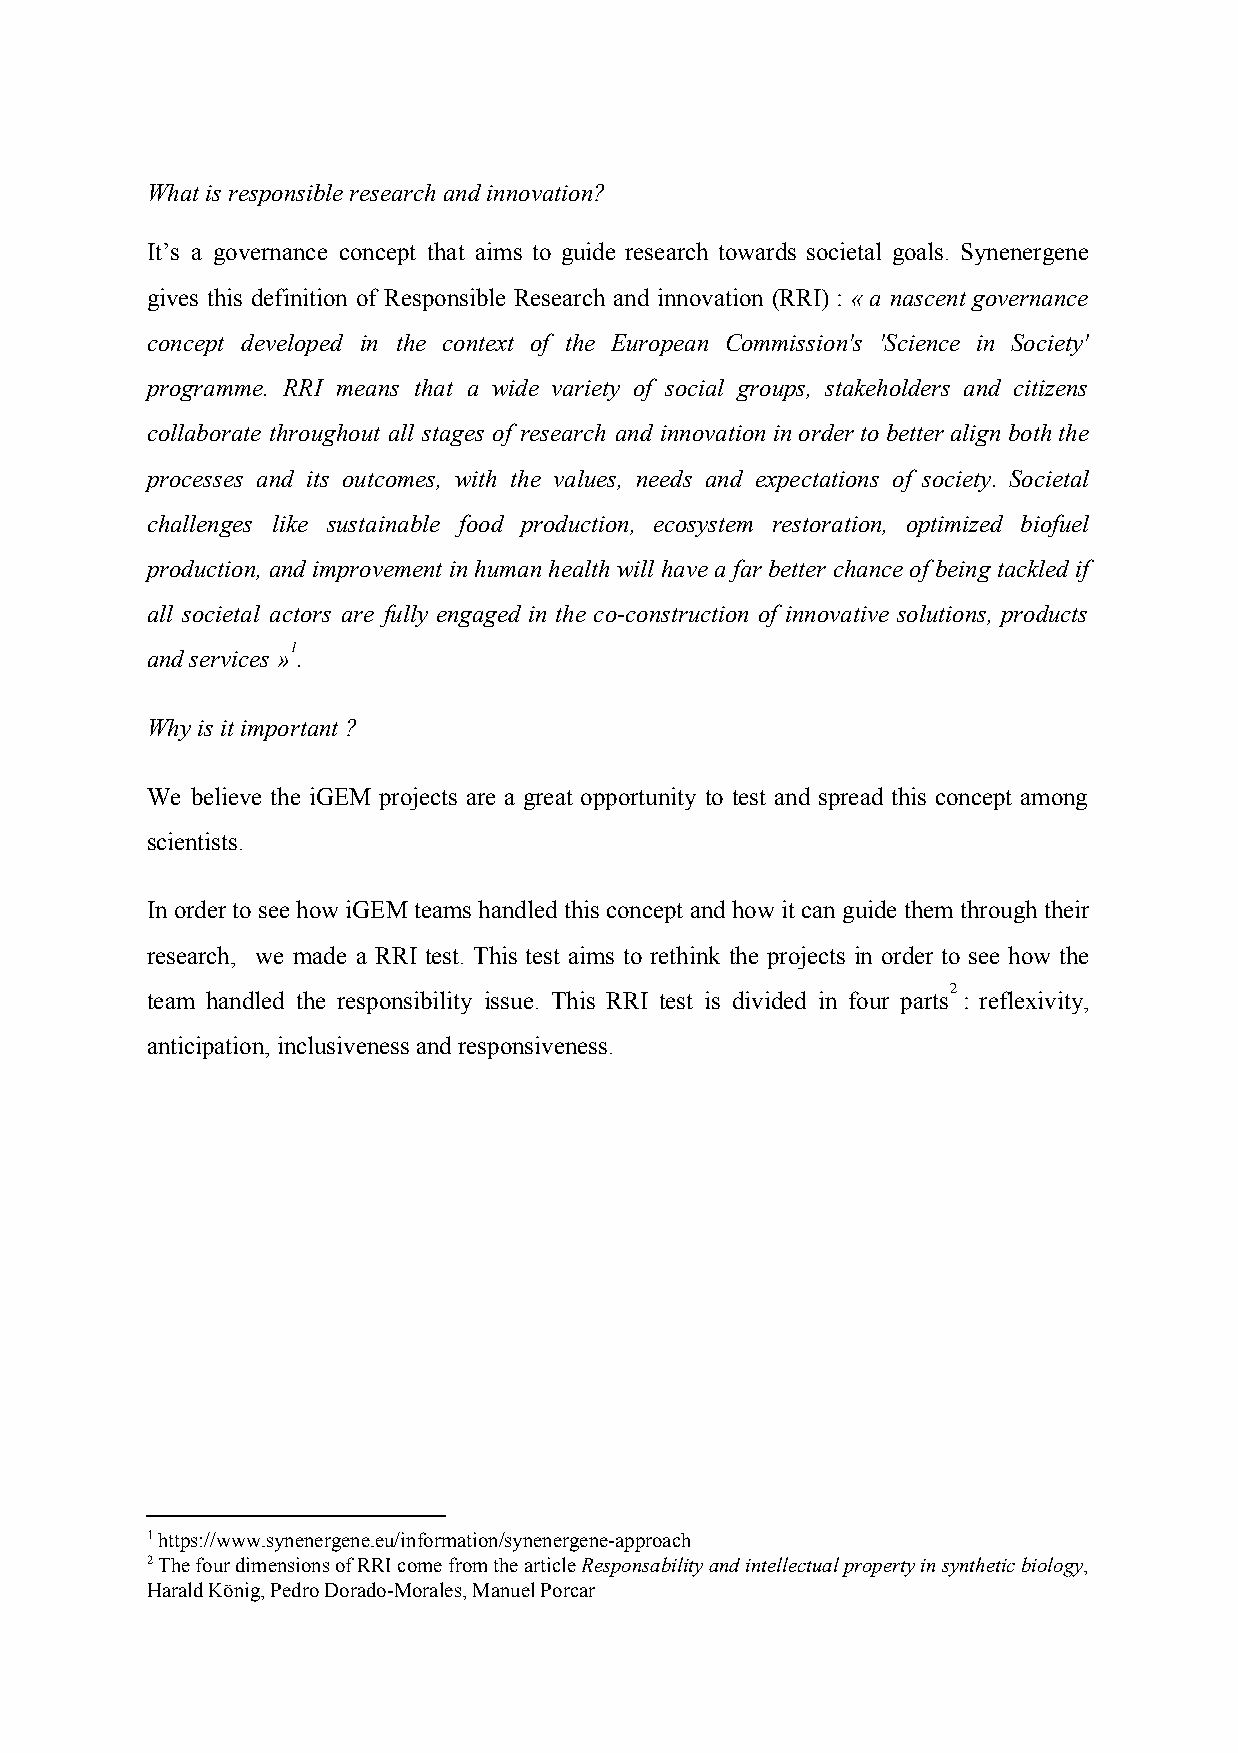
What is responsible research and innovation?
 It’s a governance concept that aims to guide research towards societal goals. Synenergene
 gives this definition of Responsible Research and innovation (RRI) : « a nascent governance
 ​
 concept developed in the context of the European Commission's 'Science in Society'
 programme. RRI means that a wide variety of social groups, stakeholders and citizens
 collaborate throughout all stages of research and innovation in order to better align both the
 processes and its outcomes, with the values, needs and expectations of society. Societal
 challenges like sustainable food production, ecosystem restoration, optimized biofuel
 production, and improvement in human health will have a far better chance of being tackled if
 all societal actors are fully engaged in the co-construction of innovative solutions, products
 1
 and services » .
 ​
 Why is it important ?
 We believe the iGEM projects are a great opportunity to test and spread this concept among
 scientists.
 In order to see how iGEM teams handled this concept and how it can guide them through their
 research, we made a RRI test. This test aims to rethink the projects in order to see how the
 2
 team handled the responsibility issue. This RRI test is divided in four parts : reflexivity,
 ​
 anticipation, inclusiveness and responsiveness.
 1 https://www.synenergene.eu/information/synenergene-approach
 2 The four dimensions of RRI come from the article Responsability and intellectual property in synthetic biology,
 ​                     ​
 Harald König, Pedro Dorado-Morales, Manuel Porcar